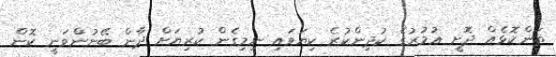
ތަންކޮޅެއް ދޮށީ ޢުމުރުގެ ކުދިންކުރެ ކިޔަވައި ނިމިގެން ކުރިޔަށް ދާން ބޭނުންވަނީ ކޮން